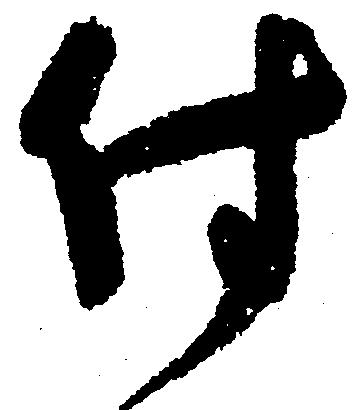
付